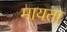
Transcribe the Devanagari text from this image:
मायता